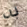
به